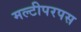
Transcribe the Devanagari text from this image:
मल्टीपरपस